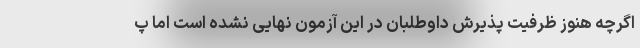
اگرچه هنوز ظرفیت پذیرش داوطلبان در این آزمون نهایی نشده است اما پ